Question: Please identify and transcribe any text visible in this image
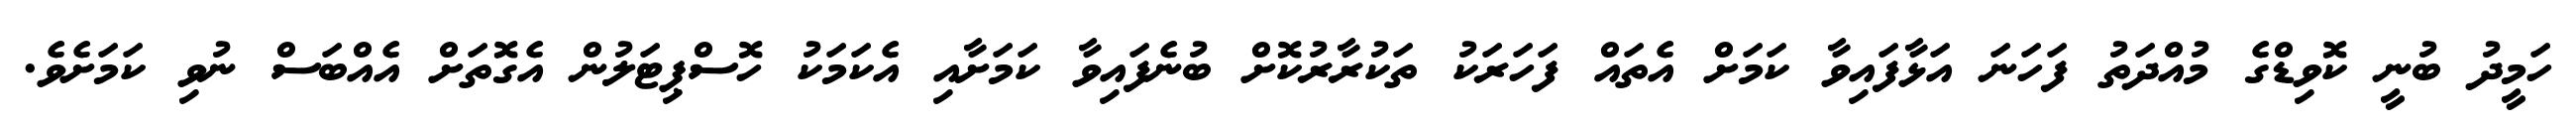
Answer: ހަމީދު ބުނީ ކޮވިޑްގެ މުއްދަތު ފަހަނަ އަޅާފައިވާ ކަމަށް އެތައް ފަހަރަކު ތަކުރާރުކޮށް ބުނެފައިވާ ކަމަށާއި އެކަމަކު ހޮސްޕިޓަލުން އެގޮތަށް އެއްބަސް ނުވި ކަމަށެވެ.